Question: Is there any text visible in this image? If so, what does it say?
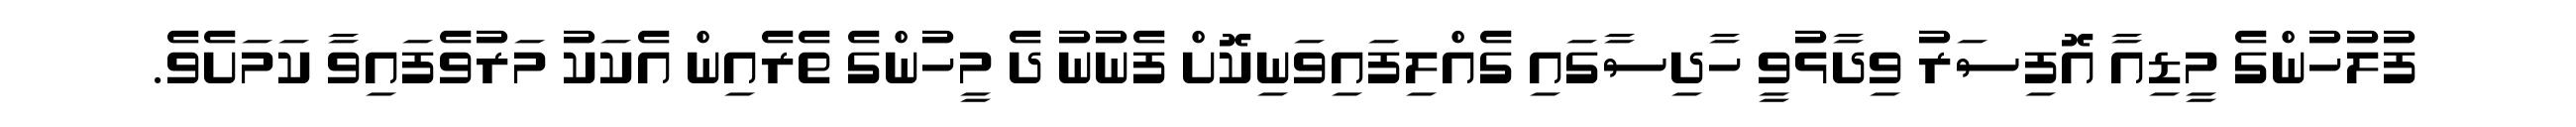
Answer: ފުލުހުންގެ މީޑިއާ އޮފިސަރު ވިދާޅުވީ ހާދިސާގައި ގެއްލިފައިވަނިކޮށް ފެނުނު ދެ މީހުންގެ ތެރެއިން އެކަކު މަރުވެފައިވާ ކަމަށެވެ.